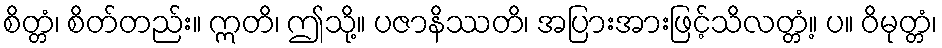
စိတ္တံ၊ စိတ်တည်း။ ဣတိ၊ ဤသို့။ ပဇာနိဿတိ၊ အပြားအားဖြင့်သိလတ္တံ့။ ပ။ ဝိမုတ္တံ၊